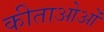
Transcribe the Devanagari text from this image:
कीताओओं